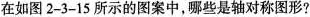
在如图2-3-15所示的图案中，哪些是轴对称图形?